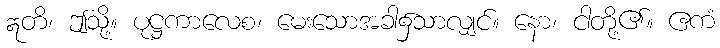
ဣတိ၊ ဤသို့။ ပုဋ္ဌကာလေစ၊ မေးသောအခါ၌သာလျှင်။ နော၊ ငါတို့၏။ ဧကံ